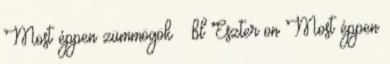
Most éppen zümmögök – bl Eszter on Most éppen